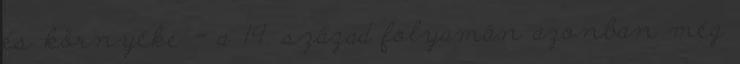
és környéke - a 19. század folyamán azonban még